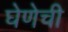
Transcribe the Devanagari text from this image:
घेणेची